Report on vaccination in Madras 1877-1894 - 1877-1894
Year: 1877
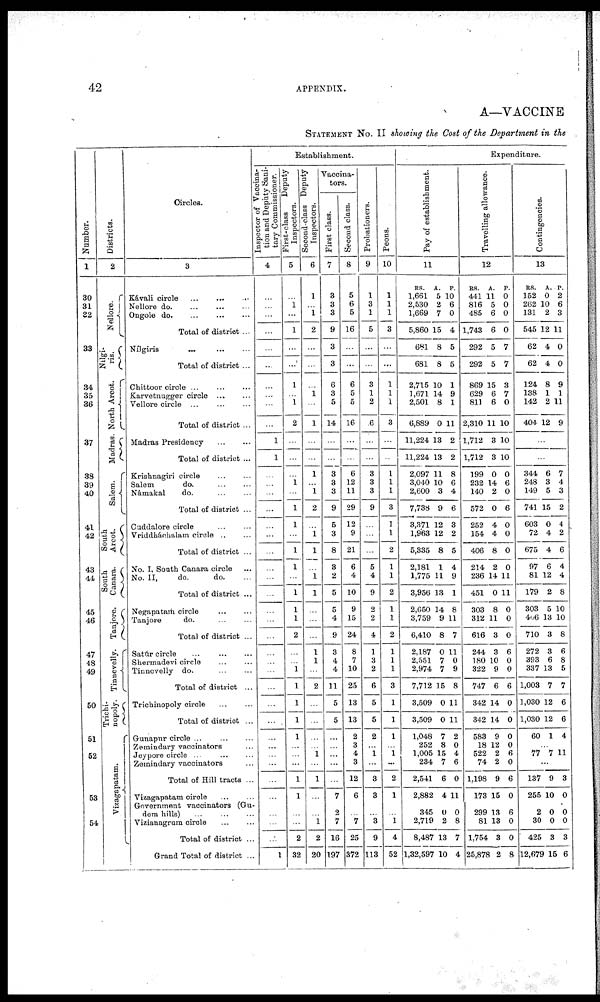
42
APPENDIX.
A—VACCINE
STATEMENT No. II showing the Cost of the Department in the
Number.
1
30
31
32
33
34
35
36
37
38
39
40
41
42
43
44
45
46
47
48
49
50
51
52
53
54
Districts.
2
Nellore.
Nílgi-
ris.
North Arcot.
Madras.
Salem.
South Arcot.
South
Canara.
Tanjore.
Tinnevelly.
Trichi-
nopoly.
Vizagapatam.
Circles.
3
Kávali circle
...
...
...
Nellore
do.
...
...
...
Ongole
do. ... ... ...
Total of district ...
Nílgiris
...
...
...
Total of district ...
Chittoor circle
...
...
...
Karvetnugger circle
...
...
Vellore circle
...
...
...
Total of district ...
Madras Presidency
...
...
Total of district ...
Krishnagiri circle
...
...
Salem
do.
...
...
Námakal
do. ... ...
Total of district ...
Cuddalore circle
...
...
Vriddháchalam circle ...
Total of district ...
No. I, South Canara circle ...
No. II,
do. do. ...
Total of district ...
Negapatarh circle ... ...
Tanjore
do. ... ...
Total of district ...
Satúr circle
...
...
...
Shermadevi circle ... ...
Tinnevelly do.
...
...
Total of district ...
Trichinopoly circle
...
Total of district ...
Gunapur circle ...
Zemindary vaccinators ...
Jeypore circle ... ... ...
Zemindary vaccinators ...
Total of Hill tracts ...
Vizagapatam circle
...
...
Government vaccinators (Gu-
dem hills) ... ... ...
Vizianagrum circle ... ...
Total of district ...
Grand Total of district ...
Establishment.
Inspector of Vaccina-
tion and Deputy Sani-
tary Commissioner.
4
...
...
...
...
...
...
...
...
...
...
1
1
...
...
...
...
...
...
...
...
...
...
...
...
...
...
...
...
...
...
...
...
...
...
...
...
...
...
...
...
1
First-class
Deputy
Inspectors.
5
...
1
...
1
...
...
1
...
...
2
...
...
...
1
...
1
1
...
1
1
...
1
1
1
2
...
...
1
1
1
1
1
...
...
...
1
1
...
...
2
32
Second-class Deputy
Inspectors.
6
1
...
1
2
...
...
...
1
...
1
...
...
1
...
1
2
...
1
1
...
1
1
...
...
...
1
1
...
2
...
...
...
...
1
...
1
...
...
1
2
20
Vaccina-
tors.
First class.
7
3
3
3
9
3
3
6
3
5
14
...
...
3
3
3
9
5
3
8
3
2
5
5
4
9
3
4
4
11
5
5
...
...
...
...
...
7
2
7
16
197
Second class.
8
5
6
5
16
...
...
6
5
5
16
...
...
6
12
11
29
12
9
21
6
4
10
9
15
24
8
7
10
25
13
13
2
3
4
3
12
6
...
7
25
372
Probationers.
9
1
3
1
5
...
...
3
1
2
6
...
...
3
3
3
9
...
...
...
5
4
9
2
2
4
1
3
2
6
5
5
2
...
1
...
3
3
...
3
9
113
Peons.
10
1
1
1
3
...
...
1
1
1
3
...
...
...
...
...
3
1
1
1
1
1
2
1
1
2
1
1
1
3
1
1
1
...
1
...
2
1
...
1
4
52
Expenditure.
Pay of establishment.
11
RS.
1,661
2,530
1,669
5,860
681
681
2,715
1,671
2,501
6,889
11,224
11,224
2,097
3,040
2,600
7,738
3,371
1,963
5,335
2,181
1,775
3,956
2,650
3,759
6,410
2,187
2,551
2,974
7,712
3,509
3,509
1,048
252
1,005
234
2,541
2,882
345
2,719
8,487
1,32,597
A.
5
2
7
15
8
8
10
14
8
0
13
13
11
10
3
9
12
12
8
1
11
13
14
9
8
0
7
7
15
0
0
7
8
15
7
6
4
0
2
13
10
P.
10
6
0
4
5
5
1
9
1
11
2
2
8
6
4
6
3
2
5
4
9
1
8
11
7
11
0
9
8
11
11
2
0
4
6
0
11
0
8
7
4
Travelling allowance.
12
RS.
441
816
485
1,743
292
292
869
629
811
2,310
1,712
1,712
199
232
140
572
252
154
406
214
236
451
303
312
616
244
180
322
747
342
342
583
18
522
74
1,198
173
299
81
1,754
25,878
A.
11
5
6
6
5
5
15
6
6
11
3
3
0
14
2
0
4
4
8
2
14
0
8
11
3
3
10
9
6
14
14
9
12
2
2
9
15
13
13
3
2
P.
0
0
0
0
7
7
3
7
0
10
1
10
0
6
0
6
0
0
0
0
11
11
0
0
0
6
0
0
6
0
0
0
0
6
0
6
0
6
0
0
8
Contingencies.
13
RS.
152
262
131
545
62
62
124
138
142
404
A.
0
10
2
12
4
4
8
1
2
12
P.
2
6
3
11
0
0
9
1
11
9
...
...
344
248
149
741
603
72
675
97
81
179
303
406
710
272
393
337
1,003
1,030
1,030
60
6
3
5
15
0
4
4
6
12
2
5
13
3
3
6
13
7
12
12
1
7
4
3
2
4
2
6
4
4
8
10
10
8
6
8
5
7
6
6
4
...
77 7 11
...
137
255
2
30
425
12,679
9
10
0
0
3
15
3
0
0
0
3
6